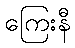
ကြေးနီ